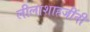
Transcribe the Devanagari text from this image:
लीलाशाहजींनी